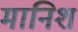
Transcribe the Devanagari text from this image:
मानिश